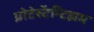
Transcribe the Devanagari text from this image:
प्रोटेस्टॅन्टिझम